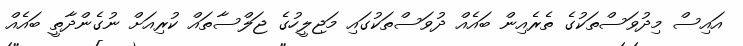
އައިސް މިދުވަސްތަކުގެ ތެރެއިން ބައެއް ދުވަސްތަކުގައި މަޖިލީހުގެ ޖަލްސާތައް ކުރިއަށް ނުގެންދާތީ ބައެއް